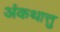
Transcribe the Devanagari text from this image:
अंकथात्तु